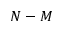
N - M